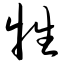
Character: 牲